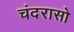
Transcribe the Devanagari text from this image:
चंदरासो